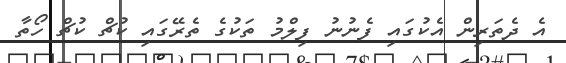
އެ ދެތަރިން އެކުގައި ފެނުނު ފިލްމު ތަކުގެ ތެރޭގައި ކުޗް ކުޗް ހޯތާ